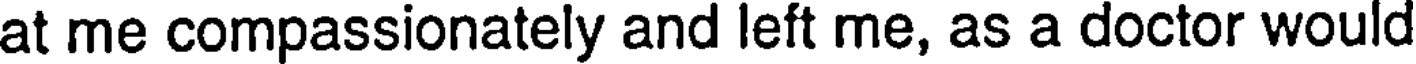
at me compassionately and left me, as a doctor would